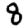
Digit: 8